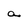
Character: a